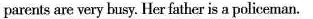
parents are very busy. Her father is a policeman.